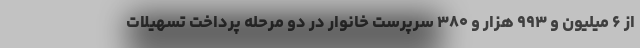
از ۶ میلیون و ۹۹۳ هزار و ۳۸۰ سرپرست خانوار در دو مرحله پرداخت تسهیلات